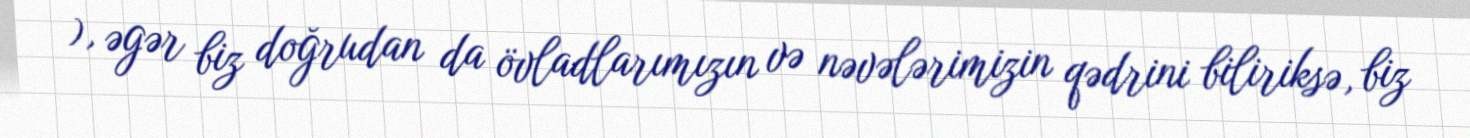
), əgər biz doğrudan da övladlarımızın və nəvələrimizin qədrini biliriksə, biz